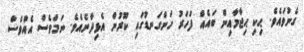
ގެނުވައެވެ. ޙިކި ޙިޖާމާއިން ބައެއް ފަހަރު ހަންގަނޑުގައި ކޫރުން އެޅިދާނެއެވެ. ނަމަވެސް އެއްވެސް